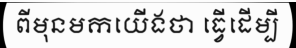
ពីមុនមកយើងថា ធ្វើដើម្បី